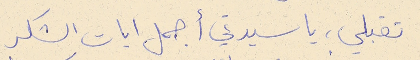
تقبلي، يا سيدتي أجمل ايات الشكر